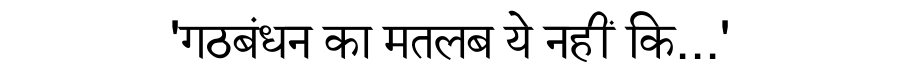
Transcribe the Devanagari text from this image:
'गठबंधन का मतलब ये नहीं कि...'